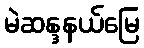
မဲဆန္ဒနယ်မြေ